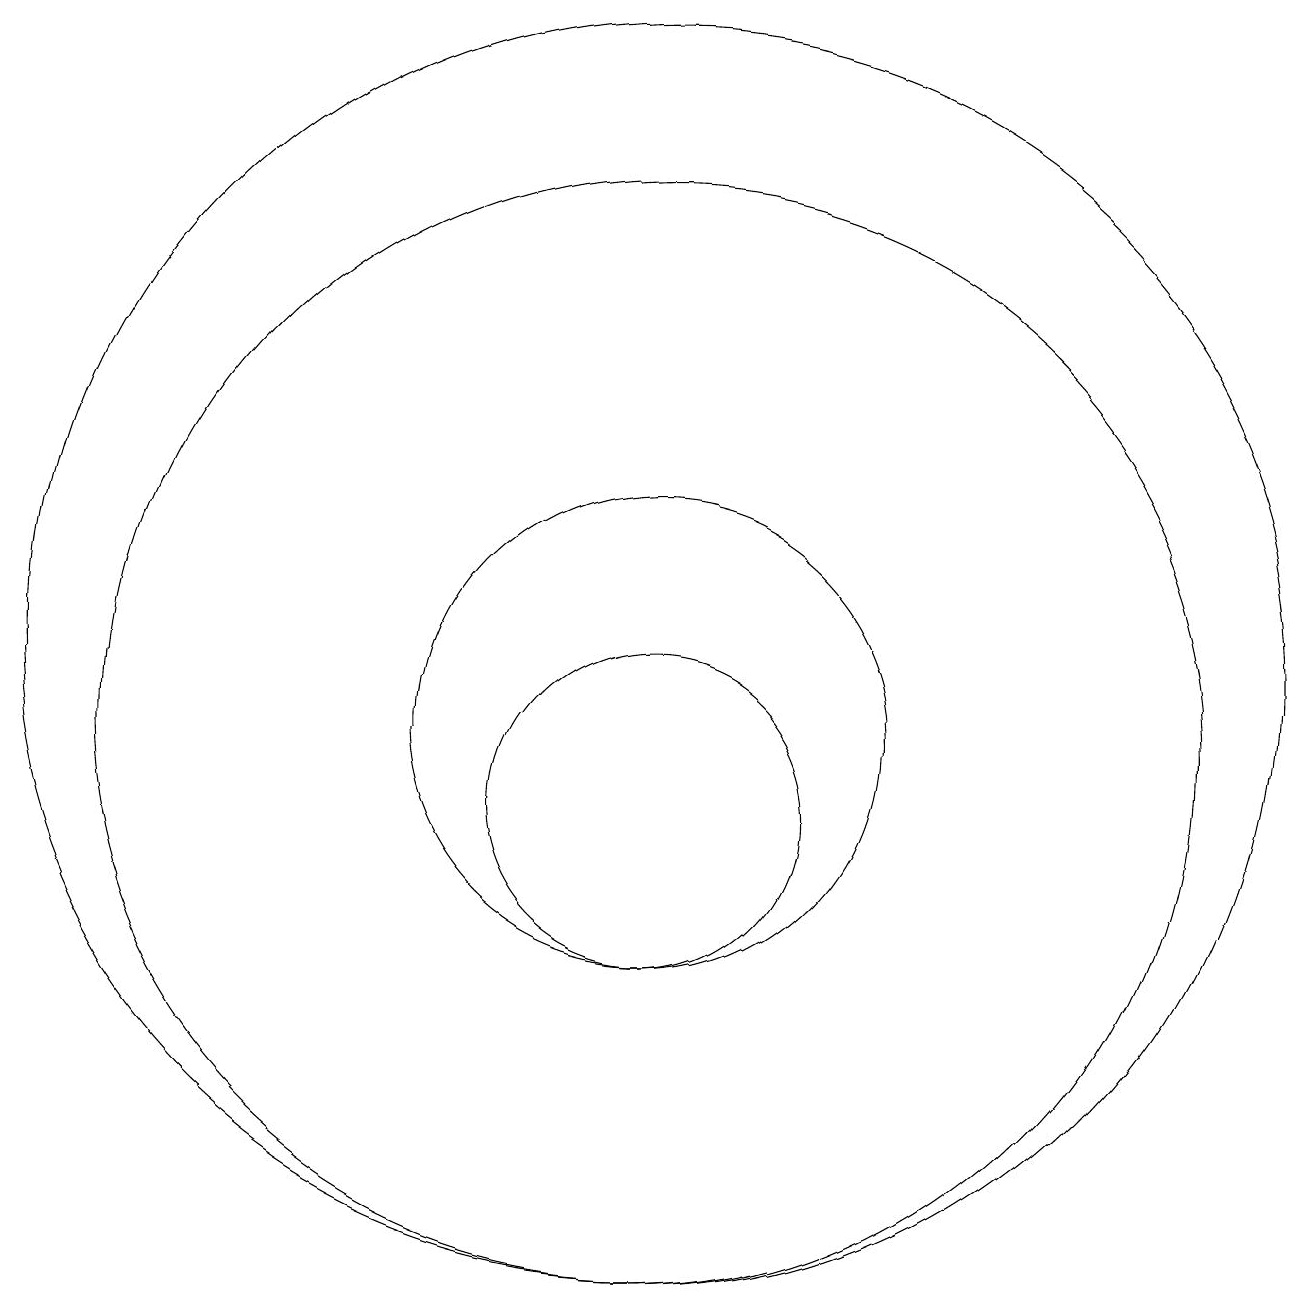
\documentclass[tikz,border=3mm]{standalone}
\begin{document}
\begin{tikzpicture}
\draw (10,11) circle (3);
\draw (10,11) circle (7);
\draw (10,12) circle (8);
\draw (10,10) circle (2);
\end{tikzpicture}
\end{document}